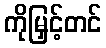
ကိုမြှင့်တင်